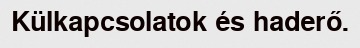
Külkapcsolatok és haderő.